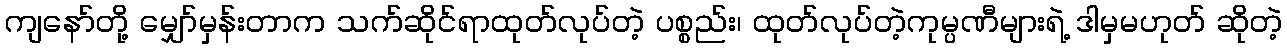
ကျနော်တို့ မျှော်မှန်းတာက သက်ဆိုင်ရာထုတ်လုပ်တဲ့ ပစ္စည်း၊ ထုတ်လုပ်တဲ့ကုမ္ပဏီများရဲ့ ဒါမှမဟုတ် ဆိုတဲ့